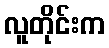
လူတိုင်းက